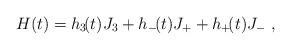
LaTeX: \begin{align*}H(t)=h_3\!(t)J_3+h_-\!(t)J_++h_+\!(t)J_-\ ,\end{align*}